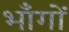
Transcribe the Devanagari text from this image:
भाँगों